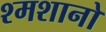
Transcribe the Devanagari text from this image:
श्मशानो